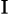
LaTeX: _\mathrm{I}